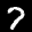
Label: 7